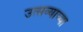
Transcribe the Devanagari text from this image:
उत्सव्याच्या